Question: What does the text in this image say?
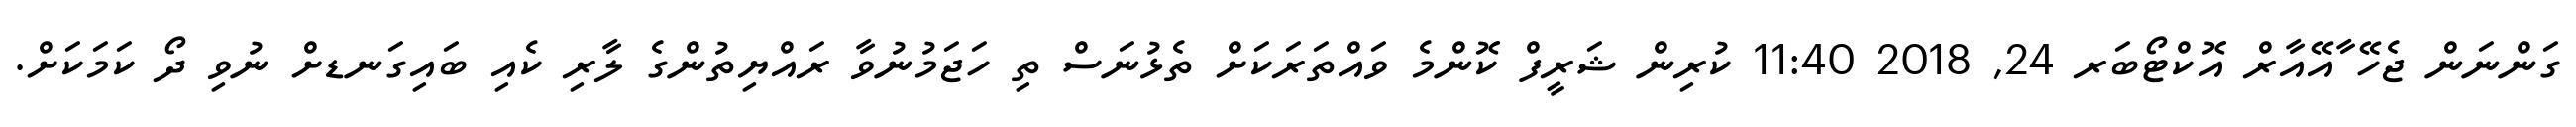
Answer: ގަންނަން ޖެހޭ ާއޭއާރް އޮކްޓޯބަރ 24, 2018 11:40 ކުރިން ޝަރީފް ކޮންމެ ވައްތަރަކަށް ތެޅުނަސް ތި ހަޖަމުނުވާ ރައްޔިތުންގެ ލާރި ކެއި ބައިގަނޑށް ނުވި ދޯ ކަމަކަށް.